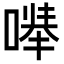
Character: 𪡽